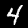
Digit: 4